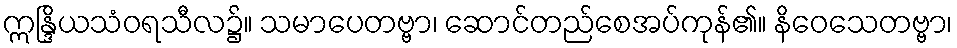
ဣန္ဒြိယသံဝရသီလ၌။ သမာပေတဗ္ဗာ၊ ဆောင်တည်စေအပ်ကုန်၏။ နိဝေသေတဗ္ဗာ၊